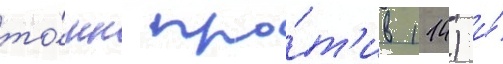
то́нн про́т'ив 114) и́